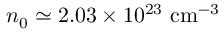
n _ { 0 } \simeq 2 . 0 3 \times 1 0 ^ { 2 3 } ~ \mathrm { c m ^ { - 3 } }